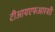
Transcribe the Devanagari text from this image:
टीआयएफआरशी